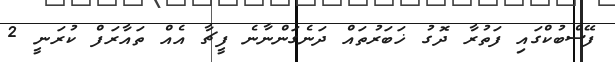
ފޭސްބުކްގައި ފަތުރާ ދޮގު ޚަބަރުތައް ދަނެގަންނާނެ ފީޗާ އެއް ތައާރަފް ކުރަނީ 2